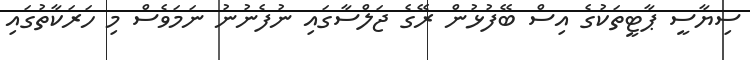
ސިޔާސީ ޕާޓީތަކުގެ އިސް ބޭފުޅުން ރޭގެ ޖަލްސާގައި ނުފެނުނު ނަމަވެސް މި ހަރަކާތުގައި